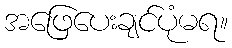
အဖြေပေးချင်ပုံမရ။